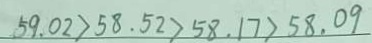
5 9 . 0 2 > 5 8 . 5 2 > 5 8 . 1 7 > 5 8 . 0 9